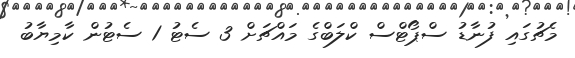
މެޗުގައި ފުނާޑު ސްޕޯޓްސް ކްލަބްގެ މައްޗަށް 3 ސެޓު 1 ސެޓުން ކާމިޔާބު